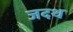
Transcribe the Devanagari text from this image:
जदथ